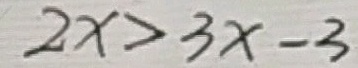
2 x > 3 x - 3